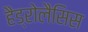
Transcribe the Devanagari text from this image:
हैड्रोलैसिस